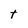
Character: t